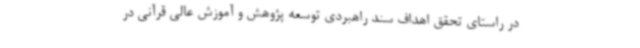
در راستای تحقق اهداف سند راهبردی توسعه پژوهش و آموزش عالی قرآنی در